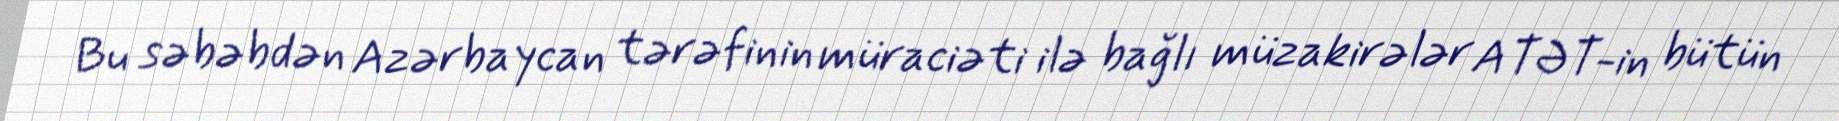
Bu səbəbdən Azərbaycan tərəfinin müraciəti ilə bağlı müzakirələr ATƏT-in bütün